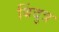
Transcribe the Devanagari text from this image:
बिंदुत्र